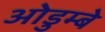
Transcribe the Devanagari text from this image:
ओडुम्बे